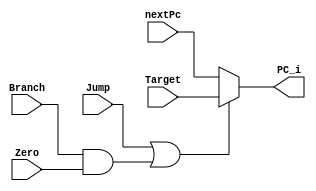
module Mul_PC(
    input [31:0] Target,
    input [31:0] nextPc,
    input Zero,
    input Branch,
    input Jump,

    output wire [31:0] PC_i
);

assign PC_i = (Jump || (Branch && Zero)) ? Target : nextPc;

endmodule